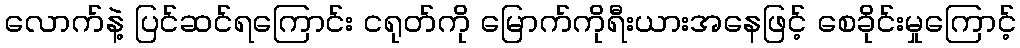
လောက်နဲ့ ပြင်ဆင်ရကြောင်း ငရုတ်ကို မြောက်ကိုရီးယားအနေဖြင့် စေခိုင်းမှုကြောင့်